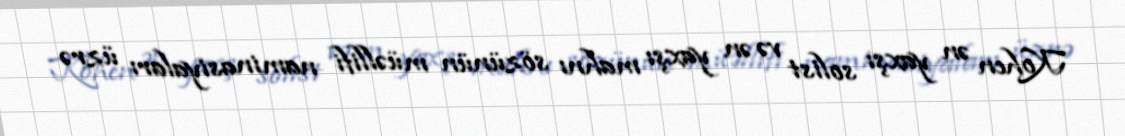
Kohen ən yaxşı solist və ən yaxşı mahnı sözünün müəllifi naminasiyaları üzrə